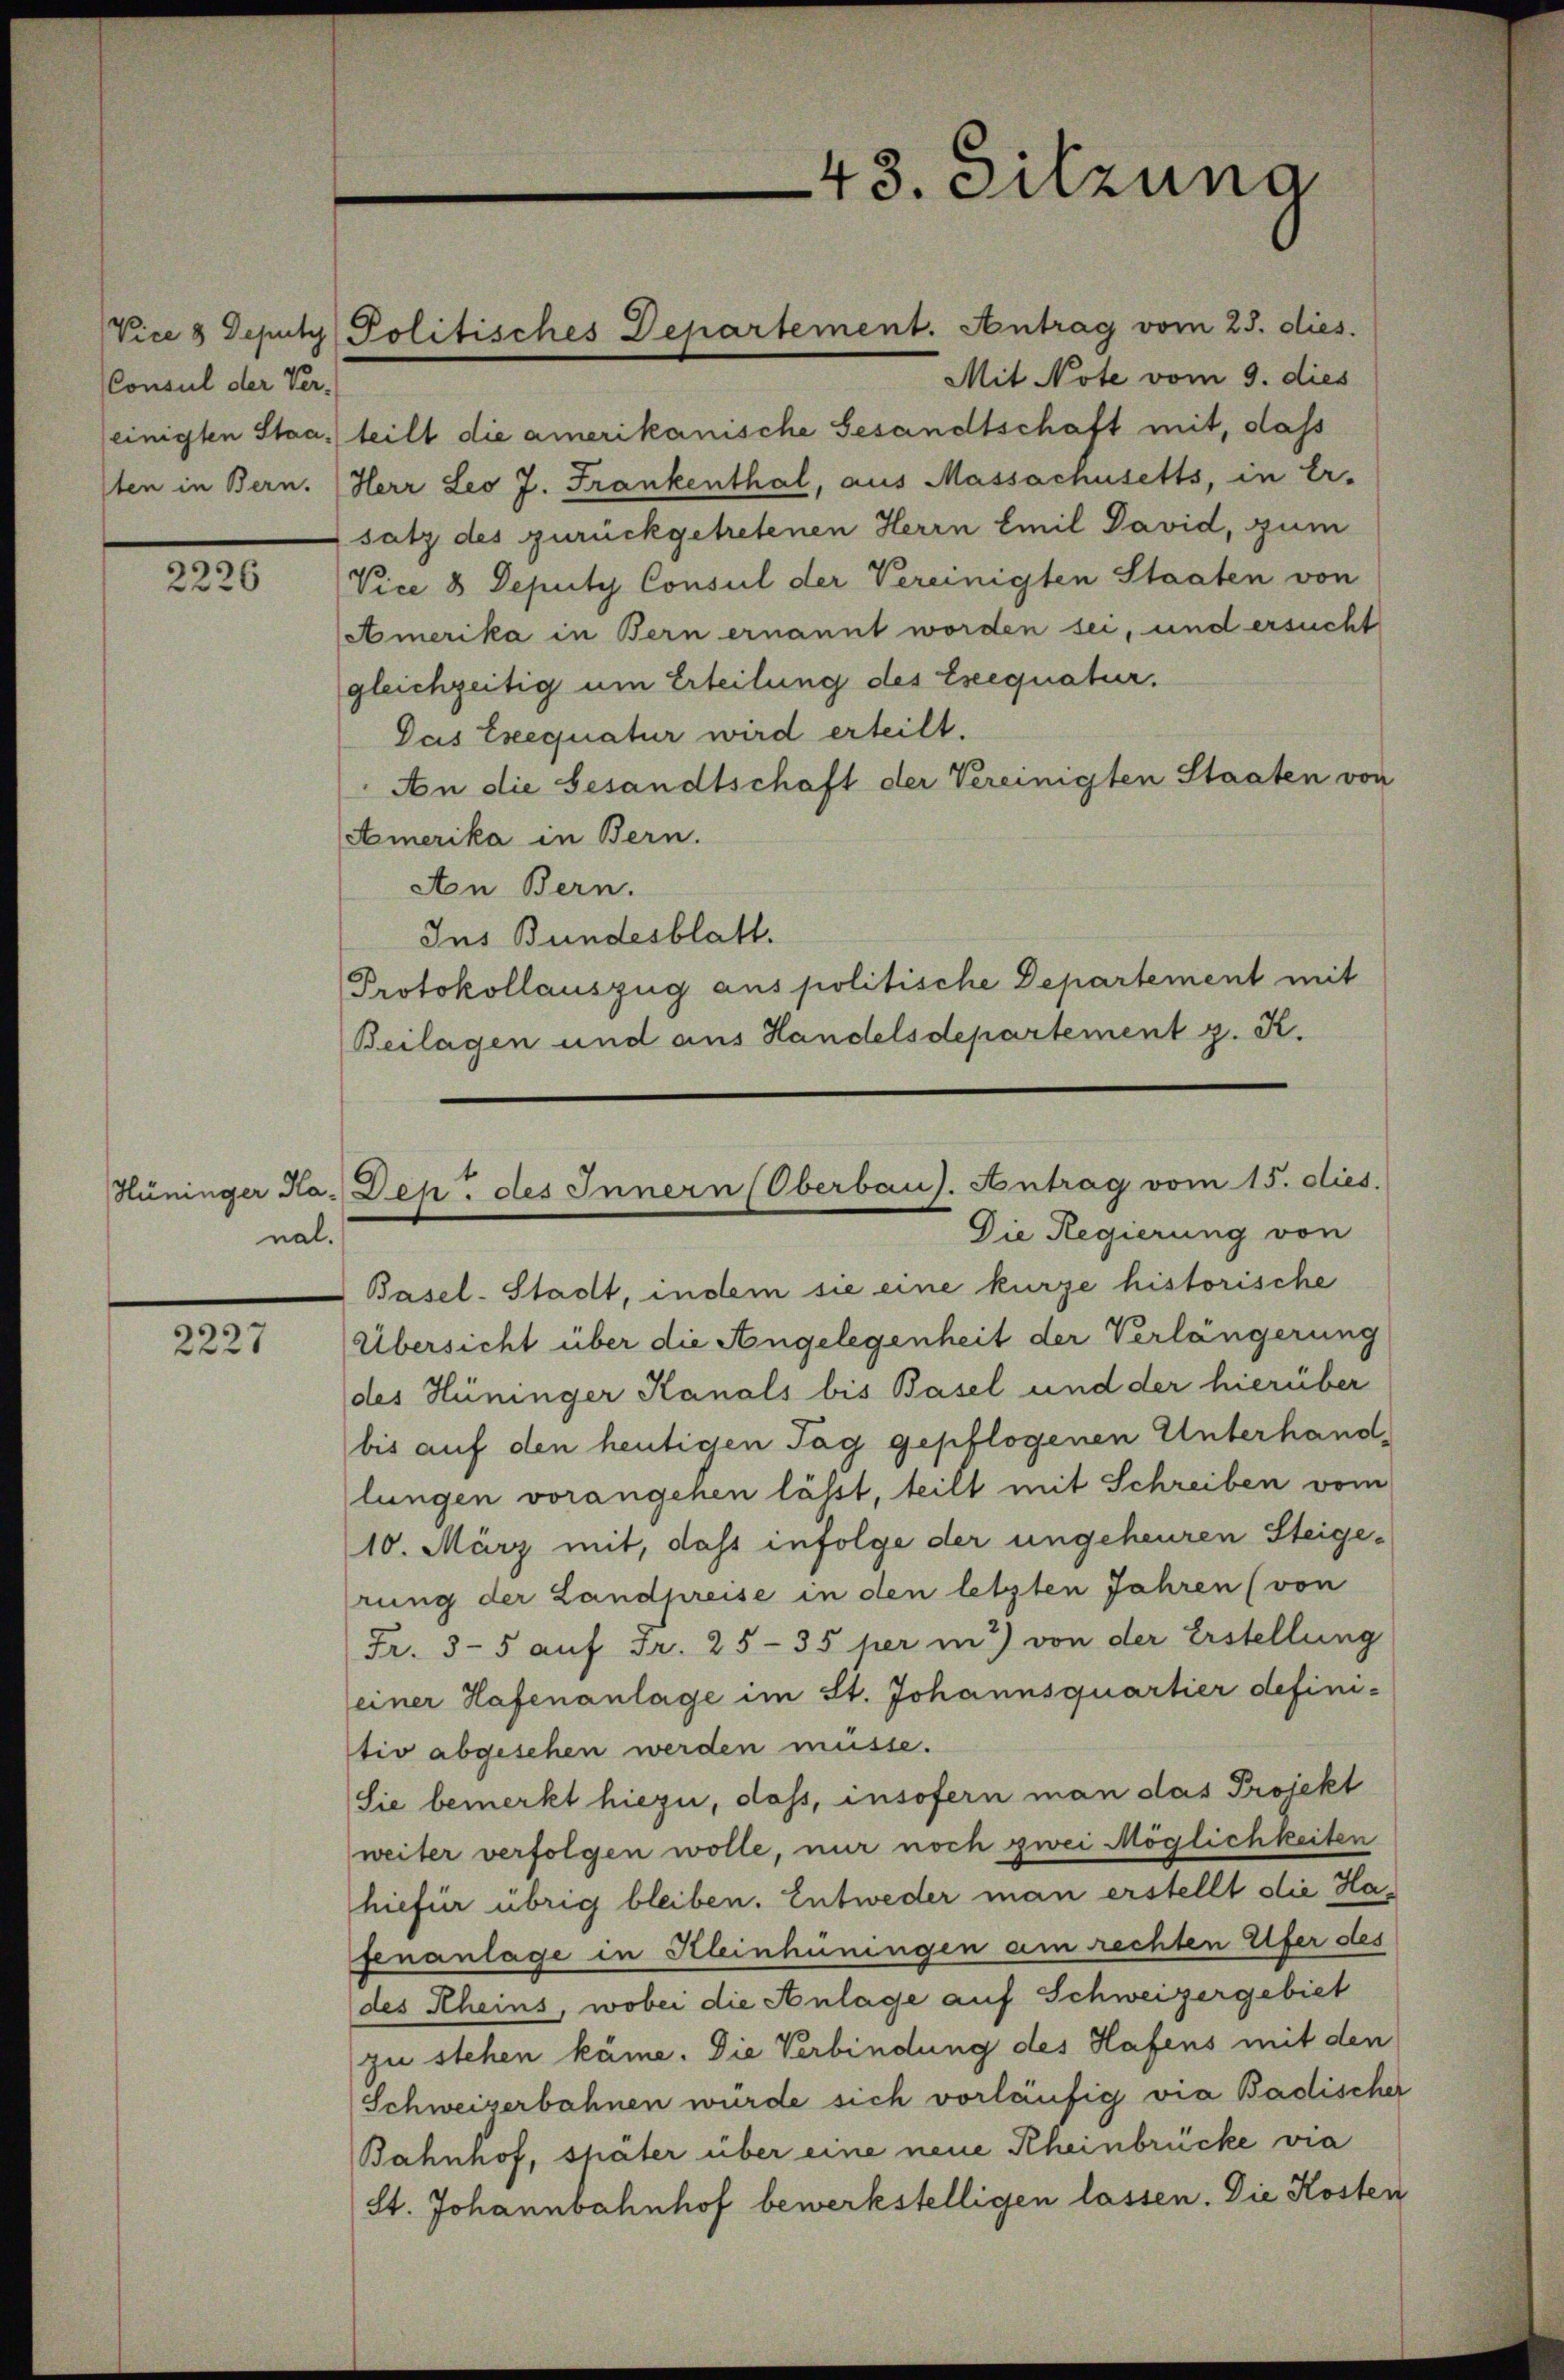
Consul der Ver-

2226

nal.

2227

Mit Note vom 9. dies
einigten Staa. teilt die amerikanische Gesandtschaft mit, dass
sten in Bern. (Herr Leo J. Frankenthal, aus Massachusetts, in Er-
satz des zurückgetretenen Herrn Emil David, zum
Vice 8 Deputy Consul der Vereinigten Staaten von
Amerika in Bern ernannt worden sei, und ersucht
gleichzeitig um Erteilung des Ereequatur.
Das Exequatur wird erteilt.
An die Gesandtschaft der Vereinigten Staaten von
Amerika in Bern.
Aon Bern.
Ins Bundesblatt.
Protokollauszug aus politische Departement mit
Beilagen und aus Handelsdepartement z. K.

Vice 8 Deputz Politisches Departement. Antrag vom 23. dies.

43. Sitzung

Hüninger Ka. Dep. des Innern (Oberbaus. Antrag vom 15. dies
Die Regierung von

Basel-Stadt, indem sie eine kurze historische
Übersicht über die Angelegenheit der Verlängerung
des Hüninger Kanals bis Basel und der hierüber
bis auf den heutigen Tag gepflogenen Unterhand,
lungen vorangehen lässt, teilt mit Schreiben vom
10. März mit, dass infolge der ungeheuren Steige-
rung der Landpreise in den letzten Jahren (von
Fr. 35 auf Fr. 25-35 per in 3) von der Erstellung
einer Hafenanlage im St. Johannsquartier defini-
tio abgesehen werden müsse.
Sie bemerkt hiezu, dass, insofern man das Projekt
weiter verfolgen wolle, nur noch zwei Möglichkeiten
hiefür übrig bleiben. Entweder man erstellt die Hagenanlage in Kleinhüningen am rechten Ufer des
des Rheins, wobei die Anlage auf Schweizergebiet
zu stehen käme. Die Verbindung des Hafens mit den
Schweizerbahnen würde sich vorläufig via Badischer
Bahnhof, später über eine neue Rheinbrücke via
St. Johannbahnhof bewerkstelligen lassen. Die Kosten